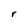
Character: r